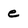
Character: e